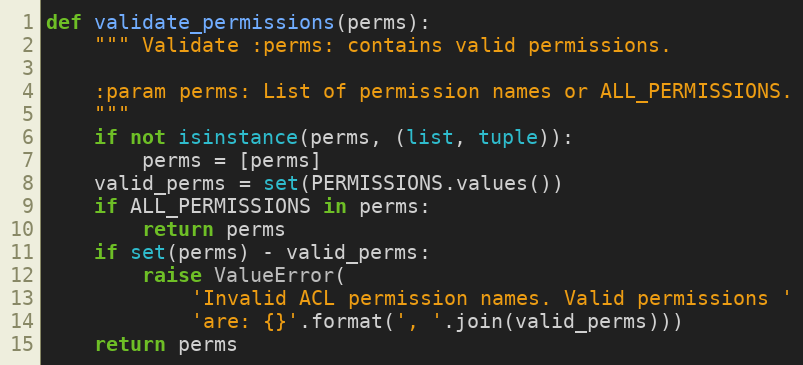
Language: Python
def validate_permissions(perms):
    """ Validate :perms: contains valid permissions.

    :param perms: List of permission names or ALL_PERMISSIONS.
    """
    if not isinstance(perms, (list, tuple)):
        perms = [perms]
    valid_perms = set(PERMISSIONS.values())
    if ALL_PERMISSIONS in perms:
        return perms
    if set(perms) - valid_perms:
        raise ValueError(
            'Invalid ACL permission names. Valid permissions '
            'are: {}'.format(', '.join(valid_perms)))
    return perms